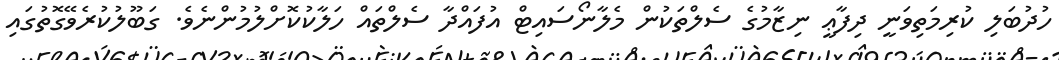
ހުދުބަލި ކުރިމަތިވަނީ ދިފާޢީ ނިޒާމުގެ ސެލްތަކުން މެލާނޯސައިޓް އުފައްދާ ސެލްތައް ހަލާކުކޮށްލުމުންނެވެ. ގަބޫލުކުރެވޭގޮތުގައި